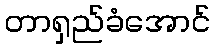
တာရှည်ခံအောင်